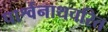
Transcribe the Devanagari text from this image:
पार्श्वनाथचरित